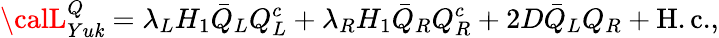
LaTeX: {\calL}_{Yu\mathit{k}}^{Q}=\lambda_{L}H_{1}\bar{{Q}}_{L}Q_{L}^{c}+\lambda_{R}H_{1}\bar{{Q}}_{R}Q_{R}^{c}+2D\bar{{Q}}_{L}Q_{R}+\mathrm{{H.c.}},